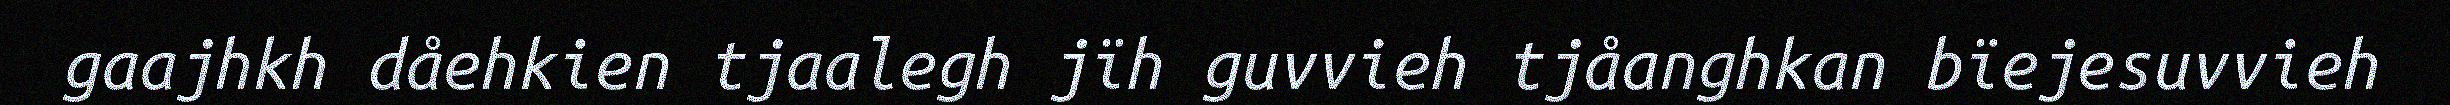
gaajhkh dåehkien tjaalegh jïh guvvieh tjåanghkan bïejesuvvieh